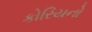
કોરિયનો